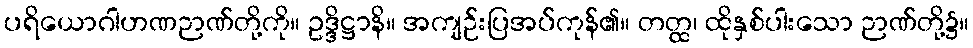
ပရိယောဂါဟဏဉာဏ်တို့ကို။ ဥဒ္ဒိဋ္ဌာနိ။ အကျဉ်းပြအပ်ကုန်၏။ တတ္ထ၊ ထိုနှစ်ပါးသော ဉာဏ်တို့၌။